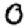
Digit: 0